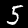
Digit: 5